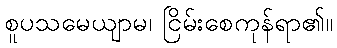
စူပသမေယျာမ၊ ငြိမ်းစေကုန်ရာ၏။